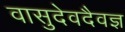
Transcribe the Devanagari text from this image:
वासुदेवदैवज्ञ